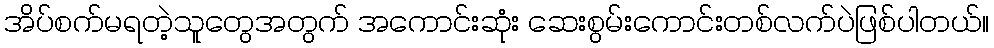
အိပ်စက်မရတဲ့သူတွေအတွက် အကောင်းဆုံး ဆေးစွမ်းကောင်းတစ်လက်ပဲဖြစ်ပါတယ်။